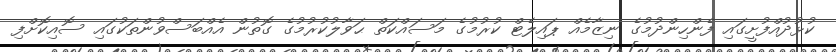
ކުޅުދުއްފުށީގައި ފެންހިންދުމުގެ ނިޒާމެއް ޕައިލެޓް ކުރުމުގެ މަސައްކަތް ޙަވާލުކުރުމުގެ ގޮތުން އެއްބަސްވުންތަކުގައި ސޮއިކޮށްފި